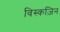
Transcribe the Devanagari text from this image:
विस्कज़िन